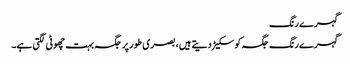
گہرے رنگ
گہرے رنگ جگہ کو سکیڑ دیتے ہیں، بصری طور پر جگہ بہت چھوٹی لگتی ہے۔